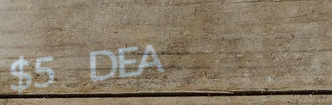
$5 DEAL